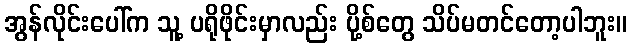
အွန်လိုင်းပေါ်က သူ့ ပရိုဖိုင်းမှာလည်း ပို့စ်တွေ သိပ်မတင်တော့ပါဘူး။